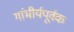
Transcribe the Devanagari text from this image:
गांभीर्यपूर्वक